Lunatic asylums United Provinces 1899-1908 - 1899-1908
Year: 1899
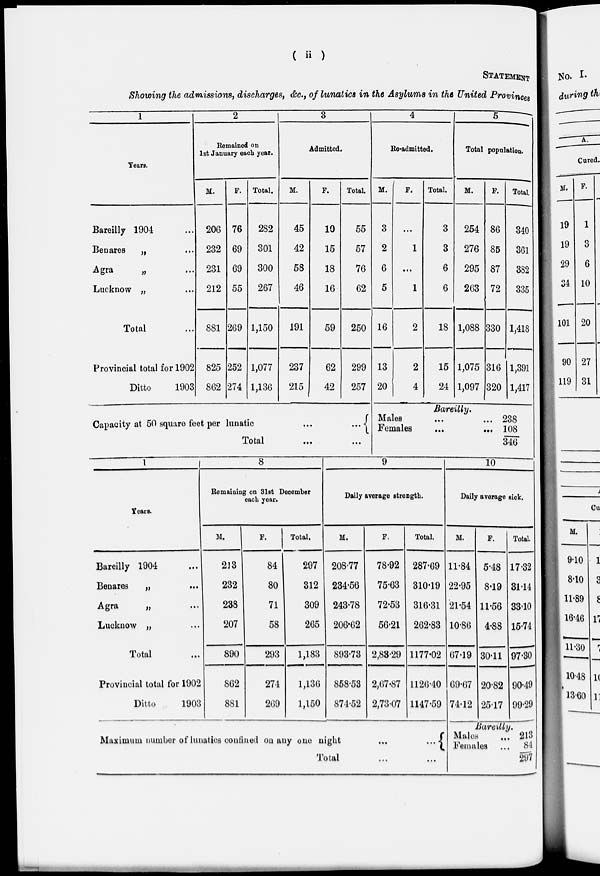
( ii )
STATEMENT
Showing the admissions, discharges, &c., of lunatics in the Asylums in the United Provinces
1
Years.
Bareilly 1904 ...
Benares
„ ...
Agra
„ ...
Lucknow „ ...
Total ...
Provincial total for 1902
Ditto
1903
2
Remained on
1st January each year.
M.
206
232
231
212
881
825
862
F.
76
69
69
55
269
252
274
Total.
282
301
300
267
1,150
1,077
1,136
3
Admitted.
M.
45
42
58
46
191
237
215
F.
10
15
18
16
59
62
42
Total.
55
57
76
62
250
299
257
4
Re-admitted.
M.
3
2
6
5
16
13
20
F.
...
1
...
1
2
2
4
Total.
3
3
6
6
18
15
24
5
Total population.
M.
254
276
295
263
1,088
1,075
1,097
F.
86
85
87
72
330
316
320
Total.
340
361
382
335
1,418
1,391
1,417
Capacity at 50 square feet per lunatic
...
...
Total
...
...
Bareilly.
Males ... ...
Females...
...
238
108
346
1
Years.
Bareilly 1904 ...
Benares
„
...
Agra
„ ...
Lucknow „ ...
Total ...
Provincial total for 1902
Ditto
1903
8
Remaining on 31st December
each year.
M.
213
232
238
207
890
862
881
F.
84
80
71
58
293
274
269
Total.
297
312
309
265
1,183
1,136
1,150
9
Daily average strength.
M.
208.77
234.56
243.78
206.62
893.73
858.53
874.52
F.
78.92
75.63
72.53
56.21
2,83.29
2,67.87
2,73.07
Total.
287.69
310.19
316.31
262.83
1177.02
1126.40
1147.59
10
Daily average sick.
M.
11.84
22.95
21.54
10.86
67.19
69.67
74.12
F.
5.48
8.19
11.56
4.88
30.11
20.82
25.17
Total.
17.32
31.14
33.10
15.74
97.30
90.49
99.29
Maximum number of lunatics confined on any one night
...
...
Total
Bareilly.
Males
Females
213
84
297